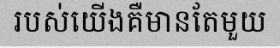
របស់យើងគឺមានតែមួយ